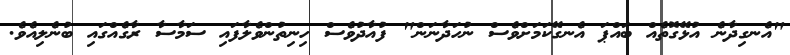
"އެނގިދާނެ އުޅޭގޮތެއް ބައްޕަ އެނގޭކަމަށްވެސް ނުހަދާނަން" ފުއާދުވެސް ހިނިތުންވެލާފައި ސަމާސާ ރާގެއްގައި ބުނެލިއެވެ.